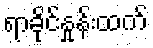
ရာခိုင်နှုန်းထက်